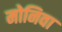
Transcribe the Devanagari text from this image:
मोनिवा